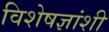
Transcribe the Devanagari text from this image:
विशेषज्ञांशी